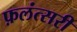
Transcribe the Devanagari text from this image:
फ़लंत्सरी